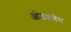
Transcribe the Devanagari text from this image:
ओउतागेस